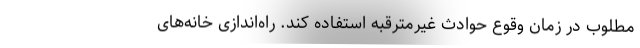
مطلوب در زمان وقوع حوادث غیرمترقبه استفاده کند. راه‌اندازی خانه‌های